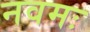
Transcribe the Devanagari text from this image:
नवमः